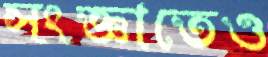
সংজ্ঞাতেও